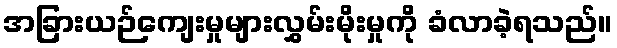
အခြားယဉ်ကျေးမှုများလွှမ်းမိုးမှုကို ခံလာခဲ့ရသည်။